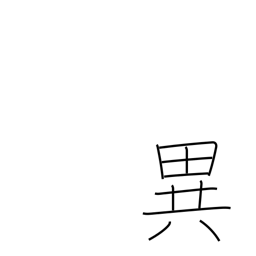
Meaning: uncommon